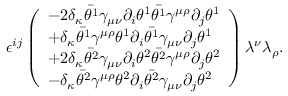
\epsilon ^ { i j } \left( \begin{array} { l } { { - 2 \delta _ { \kappa } \bar { \theta ^ { 1 } } \gamma _ { \mu \nu } \partial _ { i } \theta ^ { 1 } \bar { \theta ^ { 1 } } \gamma ^ { \mu \rho } \partial _ { j } \theta ^ { 1 } } } \\ { { + \delta _ { \kappa } \bar { \theta ^ { 1 } } \gamma ^ { \mu \rho } \theta ^ { 1 } \partial _ { i } \bar { \theta ^ { 1 } } \gamma _ { \mu \nu } \partial _ { j } \theta ^ { 1 } } } \\ { { + 2 \delta _ { \kappa } \bar { \theta ^ { 2 } } \gamma _ { \mu \nu } \partial _ { i } \theta ^ { 2 } \bar { \theta ^ { 2 } } \gamma ^ { \mu \rho } \partial _ { j } \theta ^ { 2 } } } \\ { { - \delta _ { \kappa } \bar { \theta ^ { 2 } } \gamma ^ { \mu \rho } \theta ^ { 2 } \partial _ { i } \bar { \theta ^ { 2 } } \gamma _ { \mu \nu } \partial _ { j } \theta ^ { 2 } } } \end{array} \right) \lambda ^ { \nu } \lambda _ { \rho } .